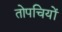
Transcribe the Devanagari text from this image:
तोपचियों